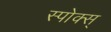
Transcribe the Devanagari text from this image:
स्पोक्स्